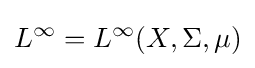
L^{\infty }=L^{\infty }(X,\Sigma ,\mu )